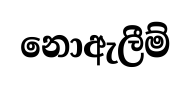
නොඇලීම්